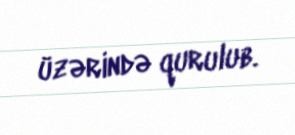
üzərində qurulub.